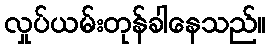
လှုပ်ယမ်းတုန်ခါနေသည်။